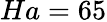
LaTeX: Ha=65